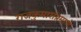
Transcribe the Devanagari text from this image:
राजकुमारांप्रमाणे